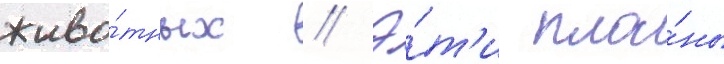
живо́тных // Э́т'и пла́ны